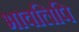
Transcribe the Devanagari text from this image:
भावलिपि